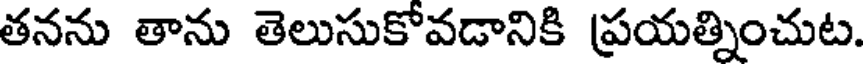
తనను తాను తెలుసుకోవడానికి ప్రయత్నించుట.